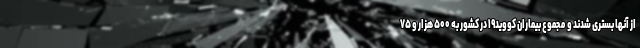
از آنها بستری شدند و مجموع بیماران کووید۱۹ در کشور به ۵۰۰ هزار و ۷۵